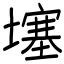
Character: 𡑮